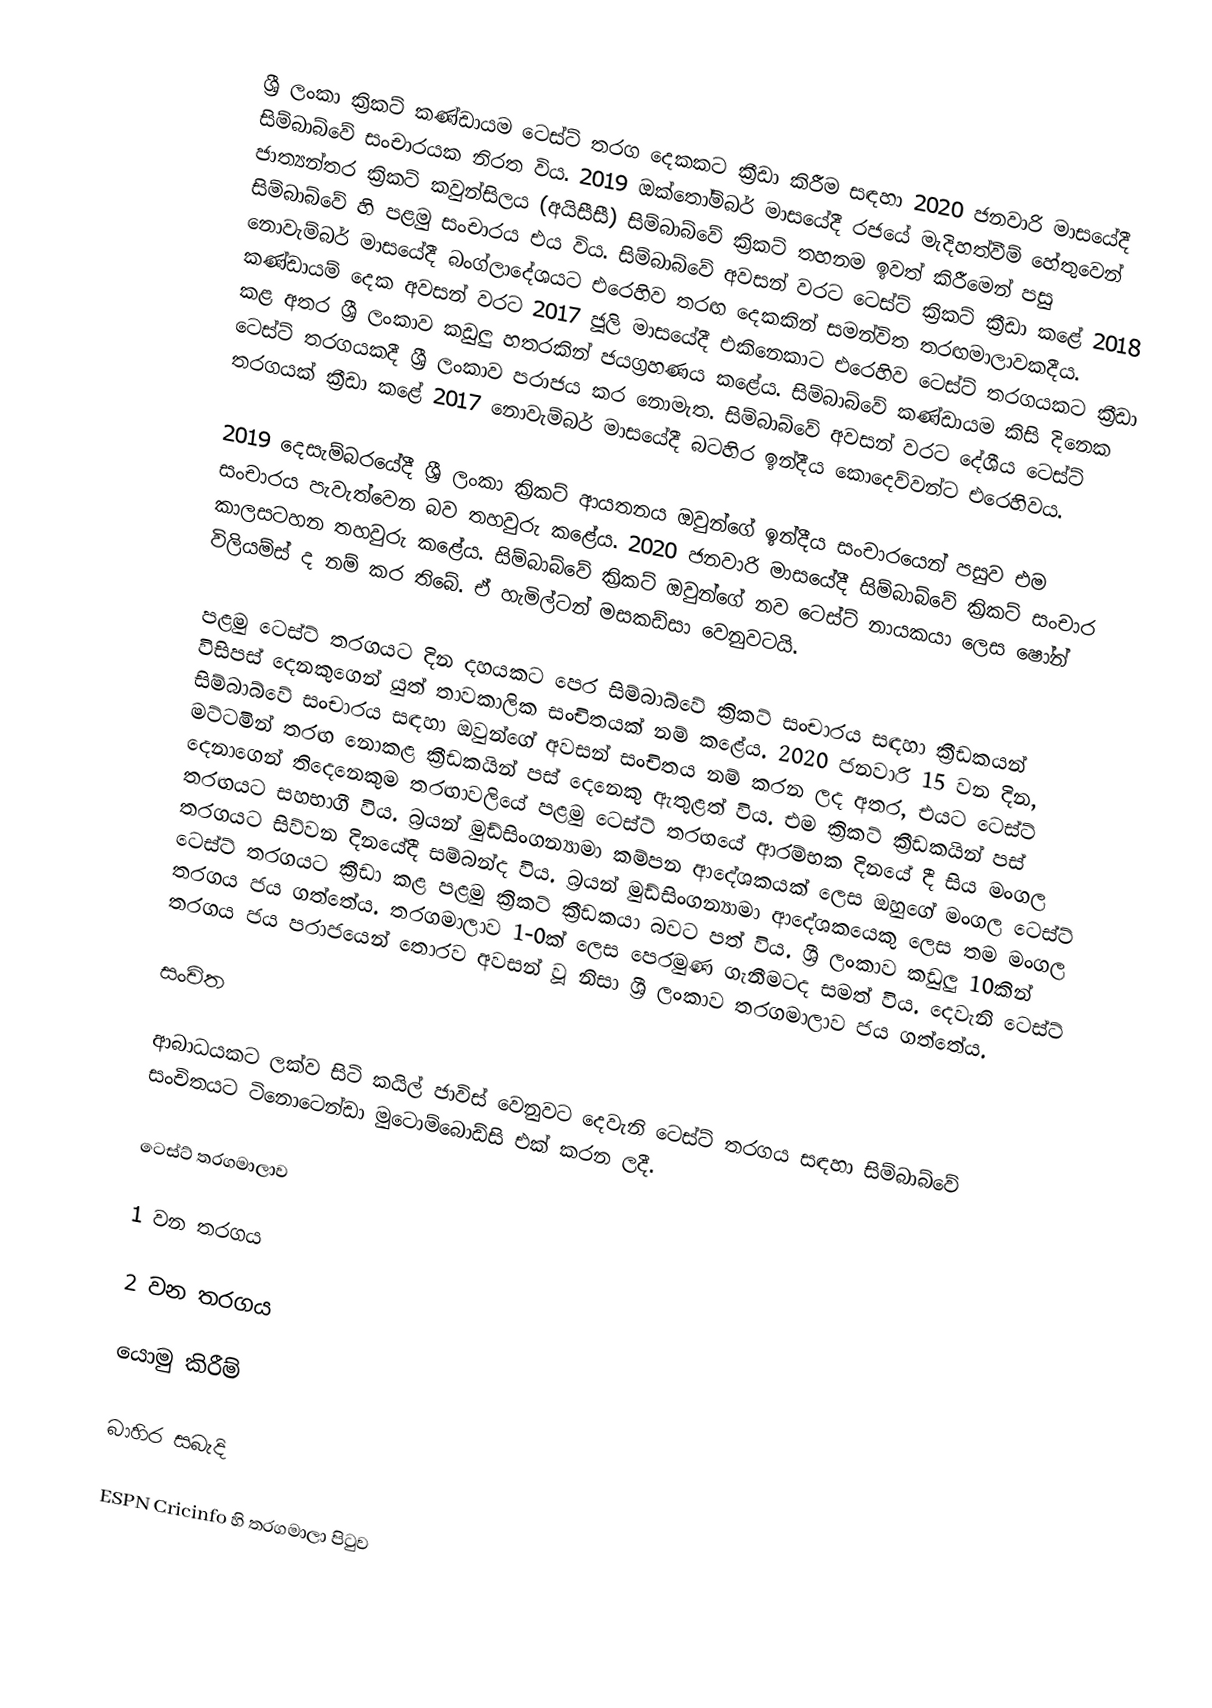
ශ්‍රී ලංකා ක්‍රිකට් කණ්ඩායම ටෙස්ට් තරග දෙකකට ක්‍රීඩා කිරීම සඳහා 2020 ජනවාරි මාසයේදී සිම්බාබ්වේ සංචාරයක නිරත විය. 2019 ඔක්තෝම්බර් මාසයේදී රජයේ මැදිහත්වීම් හේතුවෙන් ජාත්‍යන්තර ක්‍රිකට් කවුන්සිලය (අයිසීසී) සිම්බාබ්වේ ක්‍රිකට් තහනම ඉවත් කිරීමෙන් පසු සිම්බාබ්වේ හි පළමු සංචාරය එය විය. සිම්බාබ්වේ අවසන් වරට ටෙස්ට් ක්‍රිකට් ක්‍රීඩා කළේ 2018 නොවැම්බර් මාසයේදී බංග්ලාදේශයට එරෙහිව තරඟ දෙකකින් සමන්විත තරඟමාලාවකදීය. කණ්ඩායම් දෙක අවසන් වරට 2017 ජූලි මාසයේදී එකිනෙකාට එරෙහිව ටෙස්ට් තරගයකට ක්‍රීඩා කළ අතර ශ්‍රී ලංකාව කඩුලු හතරකින් ජයග්‍රහණය කළේය. සිම්බාබ්වේ කණ්ඩායම කිසි දිනෙක ටෙස්ට් තරගයකදී ශ්‍රී ලංකාව පරාජය කර නොමැත. සිම්බාබ්වේ අවසන් වරට දේශීය ටෙස්ට් තරගයක් ක්‍රීඩා කළේ 2017 නොවැම්බර් මාසයේදී බටහිර ඉන්දීය කොදෙව්වන්ට එරෙහිවය.

2019 දෙසැම්බරයේදී ශ්‍රී ලංකා ක්‍රිකට් ආයතනය ඔවුන්ගේ ඉන්දීය සංචාරයෙන් පසුව එම සංචාරය පැවැත්වෙන බව තහවුරු කළේය. 2020 ජනවාරි මාසයේදී සිම්බාබ්වේ ක්‍රිකට් සංචාර කාලසටහන තහවුරු කළේය. සිම්බාබ්වේ ක්‍රිකට් ඔවුන්ගේ නව ටෙස්ට් නායකයා ලෙස ෂෝන් විලියම්ස් ද නම් කර තිබේ. ඒ හැමිල්ටන් මසකඩ්සා වෙනුවටයි.

පළමු ටෙස්ට් තරගයට දින දහයකට පෙර සිම්බාබ්වේ ක්‍රිකට් සංචාරය සඳහා ක්‍රීඩකයන් විසිපස් දෙනකුගෙන් යුත් තාවකාලික සංචිතයක් නම් කළේය. 2020 ජනවාරි 15 වන දින, සිම්බාබ්වේ සංචාරය සඳහා ඔවුන්ගේ අවසන් සංචිතය නම් කරන ලද අතර, එයට ටෙස්ට් මට්ටමින් තරඟ නොකළ ක්‍රීඩකයින් පස් දෙනෙකු ඇතුළත් විය. එම ක්‍රිකට් ක්‍රීඩකයින් පස් දෙනාගෙන් තිදෙනෙකුම තරඟාවලියේ පළමු ටෙස්ට් තරඟයේ ආරම්භක දිනයේ දී සිය මංගල තරඟයට සහභාගී විය. බ්‍රයන් මුඩ්සිංගන්‍යාමා කම්පන ආදේශකයක් ලෙස ඔහුගේ මංගල ටෙස්ට් තරගයට සිව්වන දිනයේදී සම්බන්ද විය. බ්‍රයන් මුඩ්සිංගන්‍යාමා ආදේශකයෙකු ලෙස තම මංගල ටෙස්ට් තරගයට ක්‍රීඩා කළ පළමු ක්‍රිකට් ක්‍රීඩකයා බවට පත් විය. ශ්‍රී ලංකාව කඩුලු 10කින් තරගය ජය ගත්තේය. තරගමාලාව 1-0ක් ලෙස පෙරමුණ ගැනීමටද සමත් විය. දෙවැනි ටෙස්ට් තරගය ජය පරාජයෙන් තොරව අවසන් වූ නිසා ශ්‍රී ලංකාව තරගමාලාව ජය ගත්තේය.

සංචිත

ආබාධයකට ලක්ව සිටි කයිල් ජාවිස් වෙනුවට දෙවැනි ටෙස්ට් තරගය සඳහා සිම්බාබ්වේ සංචිතයට ටිනොටෙන්ඩා මුටොම්බොඩ්සි එක් කරන ලදී.

ටෙස්ට් තරගමාලාව

1 වන තරගය

2 වන තරගය

යොමු කිරීම්

බාහිර සබැදි

 ESPN Cricinfo හි තරගමාලා පිටුව